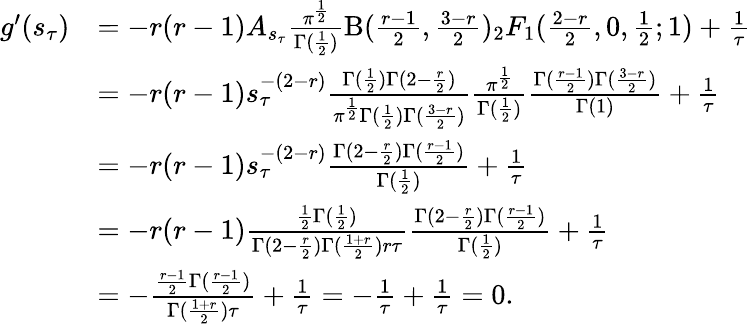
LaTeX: \begin{array}{rl}{g^{\prime}(s_{\tau})}&{=-r(r-1)A_{s_{\tau}}\frac{\pi^{\frac{1}{2}}}{\Gamma(\frac 12)}\mathrm{B}(\frac{r-1}{2},\frac{3-r}{2}){_2F_{1}}(\frac{2-r}{2},0,\frac 12;1)+\frac 1\tau}\\ &{=-r(r-1)s_{\tau}^{-(2-r)}\frac{\Gamma(\frac 12)\Gamma(2-\frac{r}{2})}{\pi^{\frac{1}{2}}\Gamma(\frac 12)\Gamma(\frac{3-r}{2})}\frac{\pi^{\frac{1}{2}}}{\Gamma(\frac 12)}\frac{\Gamma(\frac{r-1}{2})\Gamma(\frac{3-r}{2})}{\Gamma(1)}+\frac 1\tau}\\ &{=-r(r-1)s_{\tau}^{-(2-r)}\frac{\Gamma(2-\frac{r}{2})\Gamma(\frac{r-1}{2})}{\Gamma(\frac 12)}+\frac 1\tau}\\ &{=-r(r-1)\frac{\frac{1}{2}\Gamma(\frac 12)}{\Gamma(2-\frac{r}{2})\Gamma(\frac{1+r}{2})r\tau}\frac{\Gamma(2-\frac{r}{2})\Gamma(\frac{r-1}{2})}{\Gamma(\frac 12)}+\frac 1\tau}\\ &{=-\frac{\frac{r-1}{2}\Gamma(\frac{r-1}{2})}{\Gamma(\frac{1+r}{2})\tau}+\frac 1\tau=-\frac{1}{\tau}+\frac 1\tau=0.}\end{array}